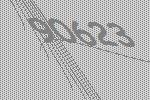
90623